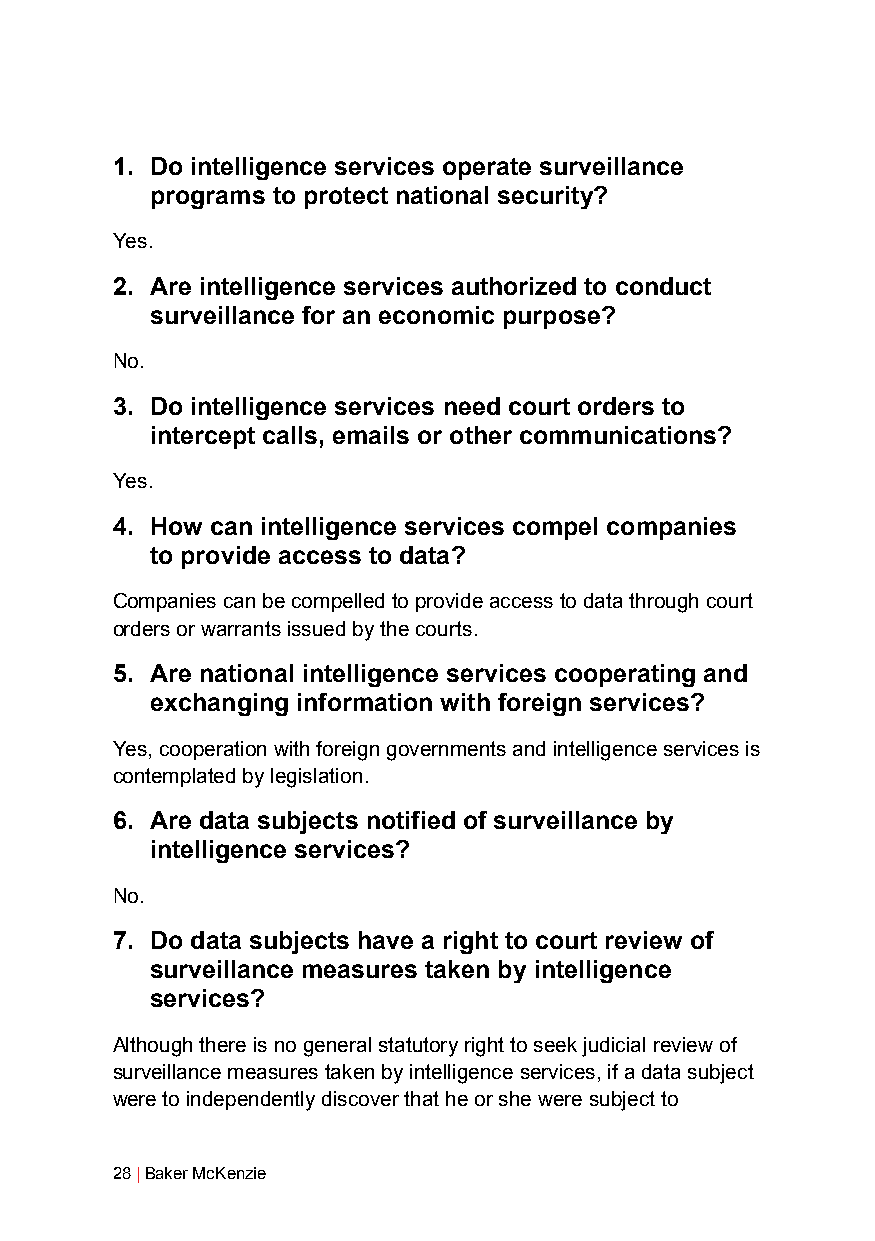
1. Do intelligence services operate surveillance
 programs to protect national security?
 Yes.
 2. Are intelligence services authorized to conduct
 surveillance for an economic purpose?
 No.
 3. Do intelligence services need court orders to
 intercept calls, emails or other communications?
 Yes.
 4. How can intelligence services compel companies
 to provide access to data?
 Companies can be compelled to provide access to data through court
 orders or warrants issued by the courts.
 5. Are national intelligence services cooperating and
 exchanging information with foreign services?
 Yes, cooperation with foreign governments and intelligence services is
 contemplated by legislation.
 6. Are data subjects notified of surveillance by
 intelligence services?
 No.
 7. Do data subjects have a right to court review of
 surveillance measures taken by intelligence
 services?
 Although there is no general statutory right to seek judicial review of
 surveillance measures taken by intelligence services, if a data subject
 were to independently discover that he or she were subject to
 28 | Baker McKenzie